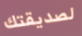
لصديقتك